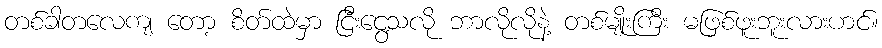
တစ်ခါတလေကျ တော့ စိတ်ထဲမှာ ငြီးငွေ့သလို ဘာလိုလိုနဲ့ တစ်မျိုးကြီး မဖြစ်ဖူးဘူးလားဟင်။